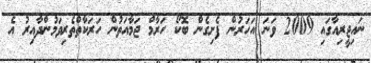
ނައިޖީރިއާގައި 2009 ވަނަ އަހަރުން ފެށިގެން ބޮކޯ ހަރާމް ޖަމާއަތުން ހަރަކާތްތެރިވަމުންދާއިރު އެ